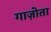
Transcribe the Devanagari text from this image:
गाज़ोता